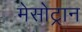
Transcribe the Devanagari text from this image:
मेसोट्रान